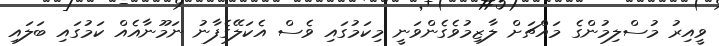
ވީއިރު މުސްލިމުންގެ މައްޗަށް ލާޒިމުވެގެންވަނީ މިކަމުގައި ވެސް އެކަލޭގެފާނު ނަމޫނާއެއް ކަމުގައި ބަލައި